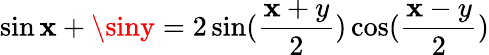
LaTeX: \sin\mathbf{x}+\siny=2\sin(\frac{{\mathbf{x}+y}}{{2}})\cos(\frac{{\mathbf{x}-y}}{{2}})